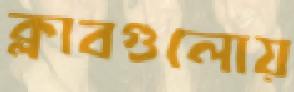
ক্লাবগুলোয়